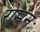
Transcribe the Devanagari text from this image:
रोमनः